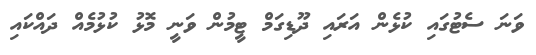
ވަނަ ސެޓުގައި ކުޅެން އަރައި ދޫޑިގަމް ޓީމުން ވަނީ މޮޅު ކުޅުމެއް ދައްކައި